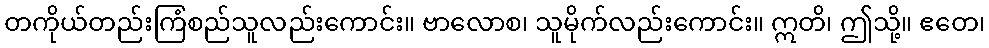
တကိုယ်တည်းကြံစည်သူလည်းကောင်း။ ဗာလောစ၊ သူမိုက်လည်းကောင်း။ ဣတိ၊ ဤသို့။ ဧတေ၊